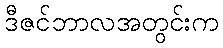
ဒီဇင်ဘာလအတွင်းက